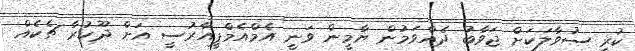
ކުރި ސުވާލަކަށް ޖަވާބު ދެެއްވަމުން ޔާމީން ވަނީ އެމްއެމްޕީއާރުސީ އަށް ދޫކުރާ ޗެކެއް